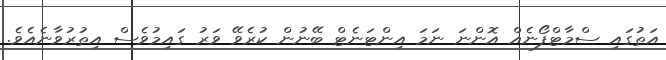
އަތުގައި ސްމާޓްފޯނެއް އޮންނަ ނަމަ އިންޓަނެޓް ބޭނުން ކުރެވޭ ވަރު ގައިމުވެސް އިތުރުވާނެއެވެ.